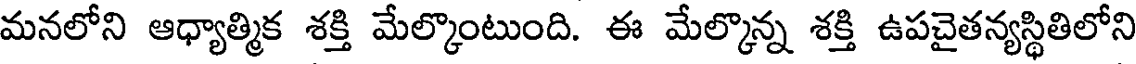
మనలోని ఆధ్యాత్మిక శక్తి మేల్కొంటుంది. ఈ మేల్కొన్న శక్తి ఉపచైతన్యస్థితిలోని